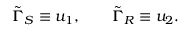
\tilde { \Gamma } _ { S } \equiv u _ { 1 } , \qquad \tilde { \Gamma } _ { R } \equiv u _ { 2 } .